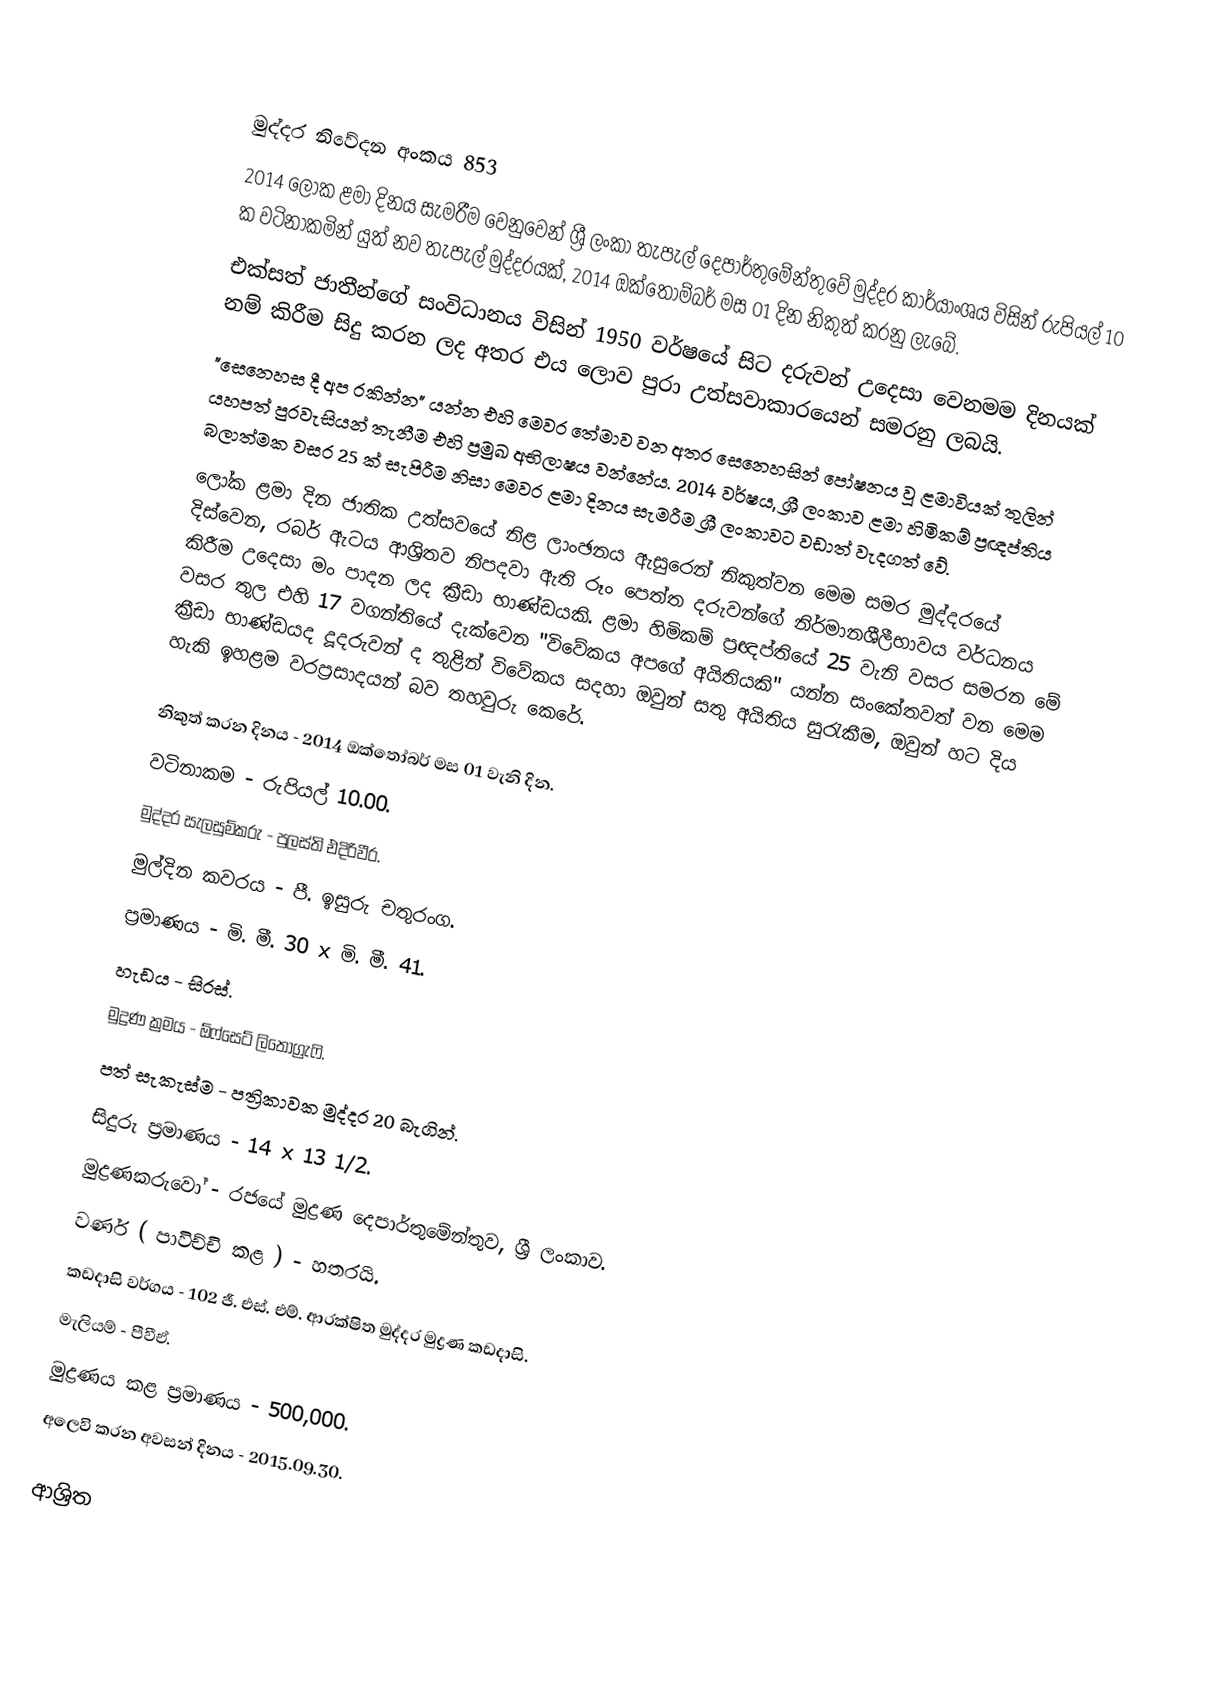

මුද්දර නිවේදන අංකය 853
2014 ලෝක ළමා දිනය සැමරීම වෙනුවෙන් ශ්‍රී ලංකා තැපැල් දෙපාර්තුමේන්තුවේ මුද්දර කාර්යාංශය විසින් රුපියල් 10 ක වටිනාකමින් යුත් නව තැපැල් මුද්දරයක්, 2014 ඔක්තෝම්බර් මස 01 දින නිකුත් කරනු ලැබේ.
එක්සත් ජාතීන්ගේ සංවිධානය විසින් 1950 වර්ෂයේ සිට දරුවන් උදෙසා වෙනමම දිනයක් නම් කිරීම සිදු කරන ලද අතර එය ලොව පුරා උත්සවාකාරයෙන් සමරනු ලබයි.
"සෙනෙහස දී අප රකින්න" යන්න එහි මෙවර තේමාව වන අතර සෙනෙහසින් පෝෂනය වූ ළමාවියක් තුලින් යහපත් පුරවැසියන් තැනීම එහි ප්‍රමුඛ අභිලාෂය වන්නේය. 2014 වර්ෂය, ශ්‍රී ලංකාව ළමා හිමිකම් ප්‍රඥප්තිය බලාත්මක වසර 25 ක් සැපිරීම නිසා මෙවර ළමා දිනය සැමරීම ශ්‍රී ලංකාවට වඩාත් වැදගත් වේ.
ලෝක ළමා දින ජාතික උත්සවයේ නිළ ලාංඡනය ඇසුරෙන් නිකුත්වන මෙම සමර මුද්දරයේ දිස්වෙන, රබර් ඇටය ආශ්‍රිතව නිපදවා ඇති රූං පෙත්ත දරුවන්ගේ නිර්මානශීලීභාවය වර්ධනය කිරීම උදෙසා මං පාදන ලද ක්‍රීඩා භාණ්ඩයකි. ළමා හිමිකම් ප්‍රඥප්තියේ 25 වැනි වසර සමරන මේ වසර තුල එහි 17 වගන්තියේ දැක්වෙන "විවේකය අපගේ අයිතියකි" යන්න සංකේතවත් වන මෙම ක්‍රීඩා භාණ්ඩයද දූදරුවන් ද තුළින් විවේකය සදහා ඔවුන් සතු අයිතිය සුරැකීම, ඔවුන් හට දිය හැකි ඉහළම වරප්‍රසාදයන් බව තහවුරු කෙරේ.

නිකුත් කරන දිනය - 2014 ඔක්තෝබර් මස 01 වැනි දින.
වටිනාකම - රුපියල් 10.00.
මුද්දර සැලසුම්කරු - පුලස්ති එදිරිවීර.
මුල්දින කවරය - පී. ඉසුරු චතුරංග.
ප්‍රමාණය - මි. මී. 30 x මි. මී. 41.
හැඩය - සිරස්.
මුද්‍රණ ක්‍රමය - ඕෆ්සෙට් ලිතෝග්‍රැෆි.
පත් සැකැස්ම - පත්‍රිකාවක මුද්දර 20 බැගින්.
සිදුරු ප්‍රමාණය - 14 x 13 1/2.
මුද්‍රණකරුවෝ - රජයේ මුද්‍රණ දෙපාර්තුමේන්තුව, ශ්‍රී ලංකාව.
වර්ණ ( පාවිච්චි කළ ) - හතරයි.
කඩදාසි වර්ගය - 102 ජී. එස්. එම්. ආරක්ෂිත මුද්දර මුද්‍රණ කඩදාසි.
මැලියම් - පීවීඒ.
මුද්‍රණය කළ ප්‍රමාණය - 500,000.
අලෙවි කරන අවසන් දිනය - 2015.09.30.

ආශ්‍රිත